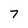
Character: 7